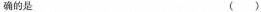
确的是 ( )